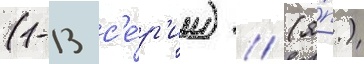
(1-13 с'е́р'ии) // (я́п.)